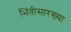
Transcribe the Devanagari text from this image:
भिंतीसारख्या